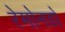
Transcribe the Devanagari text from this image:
रेमोनडो